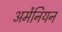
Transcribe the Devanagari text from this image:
अर्मेनियन